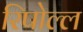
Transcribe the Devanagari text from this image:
रिपोल्ल